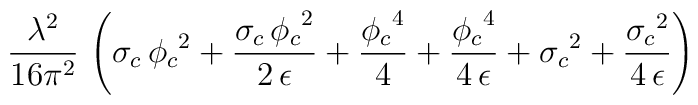
\frac{{\lambda }^2}{16 \pi^2}\,\left( {{\sigma }_c}\,{{{\phi }_c}}^2 + \frac{{{\sigma }_c}\,{{{\phi }_c}}^2}{2\,\epsilon } +     \frac{{{{\phi }_c}}^4}{4} + \frac{{{{\phi }_c}}^4}{4\,\epsilon }+  {{{\sigma }_c}}^2 + \frac{{{{\sigma }_c}}^2}{4\,\epsilon } \right)